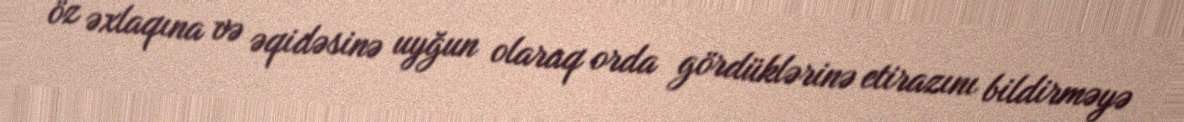
öz əxlaqına və əqidəsinə uyğun olaraq orda gördüklərinə etirazını bildirməyə